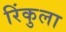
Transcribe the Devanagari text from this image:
रिंकुला